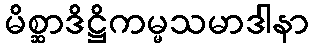
မိစ္ဆာဒိဋ္ဌိကမ္မသမာဒါနာ